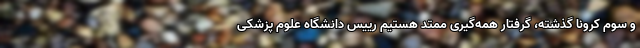
و سوم کرونا گذشته، گرفتار همه‌گیری ممتد هستیم رییس دانشگاه علوم پزشکی